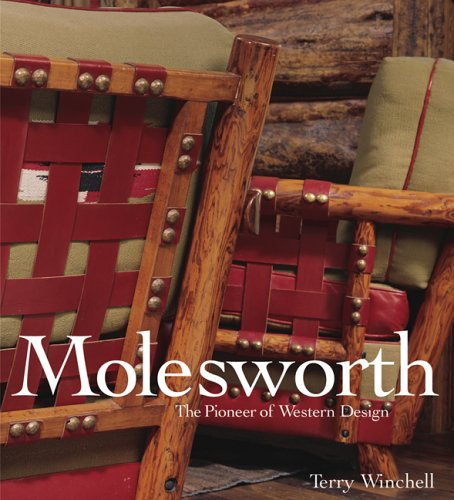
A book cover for Molesworth: The Pioneer of Western Design; Terry Winchell; Crafts, Hobbies & Home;